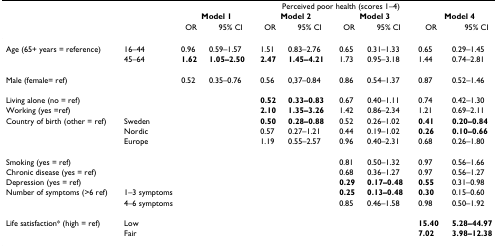
<table><thead><tr><td></td><td></td><td colspan="8"><b>Perceived poor health (scores 1–4)</b></td></tr><tr><td></td><td></td><td colspan="2"><b>Model 1</b></td><td colspan="2"><b>Model 2</b></td><td colspan="2"><b>Model 3</b></td><td colspan="2"><b>Model 4</b></td></tr><tr><td></td><td></td><td><b>OR</b></td><td><b>95% CI</b></td><td><b>OR</b></td><td><b>95% CI</b></td><td><b>OR</b></td><td><b>95% CI</b></td><td><b>OR</b></td><td><b>95% CI</b></td></tr></thead><tbody><tr><td>Age (65+ years = reference)</td><td>16–44</td><td>0.96</td><td>0.59–1.57</td><td>1.51</td><td>0.83–2.76</td><td>0.65</td><td>0.31–1.33</td><td>0.65</td><td>0.29–1.45</td></tr><tr><td></td><td>45–64</td><td><b>1.62</b></td><td><b>1.05–2.50</b></td><td><b>2.47</b></td><td><b>1.45–4.21</b></td><td>1.73</td><td>0.95–3.18</td><td>1.44</td><td>0.74–2.81</td></tr><tr><td>Male (female= ref)</td><td></td><td>0.52</td><td>0.35–0.76</td><td>0.56</td><td>0,37–0.84</td><td>0.86</td><td>0.54–1.37</td><td>0.87</td><td>0.52–1.46</td></tr><tr><td>Living alone (no = ref)</td><td></td><td></td><td></td><td><b>0.52</b></td><td><b>0.33–0.83</b></td><td>0.67</td><td>0.40–1.11</td><td>0.74</td><td>0.42–1.30</td></tr><tr><td>Working (yes =ref)</td><td></td><td></td><td></td><td><b>2.10</b></td><td><b>1.35–3.26</b></td><td>1.42</td><td>0.86–2.34</td><td>1.21</td><td>0.69–2.11</td></tr><tr><td>Country of birth (other = ref)</td><td>Sweden</td><td></td><td></td><td><b>0.50</b></td><td><b>0.28–0.88</b></td><td>0.52</td><td>0.26–1.02</td><td><b>0.41</b></td><td><b>0.20–0.84</b></td></tr><tr><td></td><td>Nordic</td><td></td><td></td><td>0.57</td><td>0.27–1.21</td><td>0.44</td><td>0.19–1.02</td><td><b>0.26</b></td><td><b>0.10–0.66</b></td></tr><tr><td></td><td>Europe</td><td></td><td></td><td>1.19</td><td>0.55–2.57</td><td>0.96</td><td>0.40–2.31</td><td>0.68</td><td>0.26–1.80</td></tr><tr><td>Smoking (yes = ref)</td><td></td><td></td><td></td><td></td><td></td><td>0.81</td><td>0.50–1.32</td><td>0.97</td><td>0.56–1.66</td></tr><tr><td>Chronic disease (yes = ref)</td><td></td><td></td><td></td><td></td><td></td><td>0.68</td><td>0.36–1.27</td><td>0.97</td><td>0.56–1.27</td></tr><tr><td>Depression (yes = ref)</td><td></td><td></td><td></td><td></td><td></td><td><b>0.29</b></td><td><b>0.17–0.48</b></td><td><b>0.55</b></td><td>0.31–0.98</td></tr><tr><td>Number of symptoms (&gt;6 ref)</td><td>1–3 symptoms</td><td></td><td></td><td></td><td></td><td><b>0.25</b></td><td><b>0.13–0.48</b></td><td><b>0.30</b></td><td>0.15–0.60</td></tr><tr><td></td><td>4–6 symptoms</td><td></td><td></td><td></td><td></td><td>0.85</td><td>0.46–1.58</td><td>0.98</td><td>0.50–1.92</td></tr><tr><td>Life satisfaction* (high = ref)</td><td>Low</td><td></td><td></td><td></td><td></td><td></td><td></td><td><b>15.40</b></td><td><b>5.28–44.97</b></td></tr><tr><td></td><td>Fair</td><td></td><td></td><td></td><td></td><td></td><td></td><td><b>7.02</b></td><td><b>3.98–12.38</b></td></tr></tbody></table>